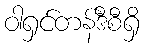
ဝါရှင်တန်ဒီစီရှိ